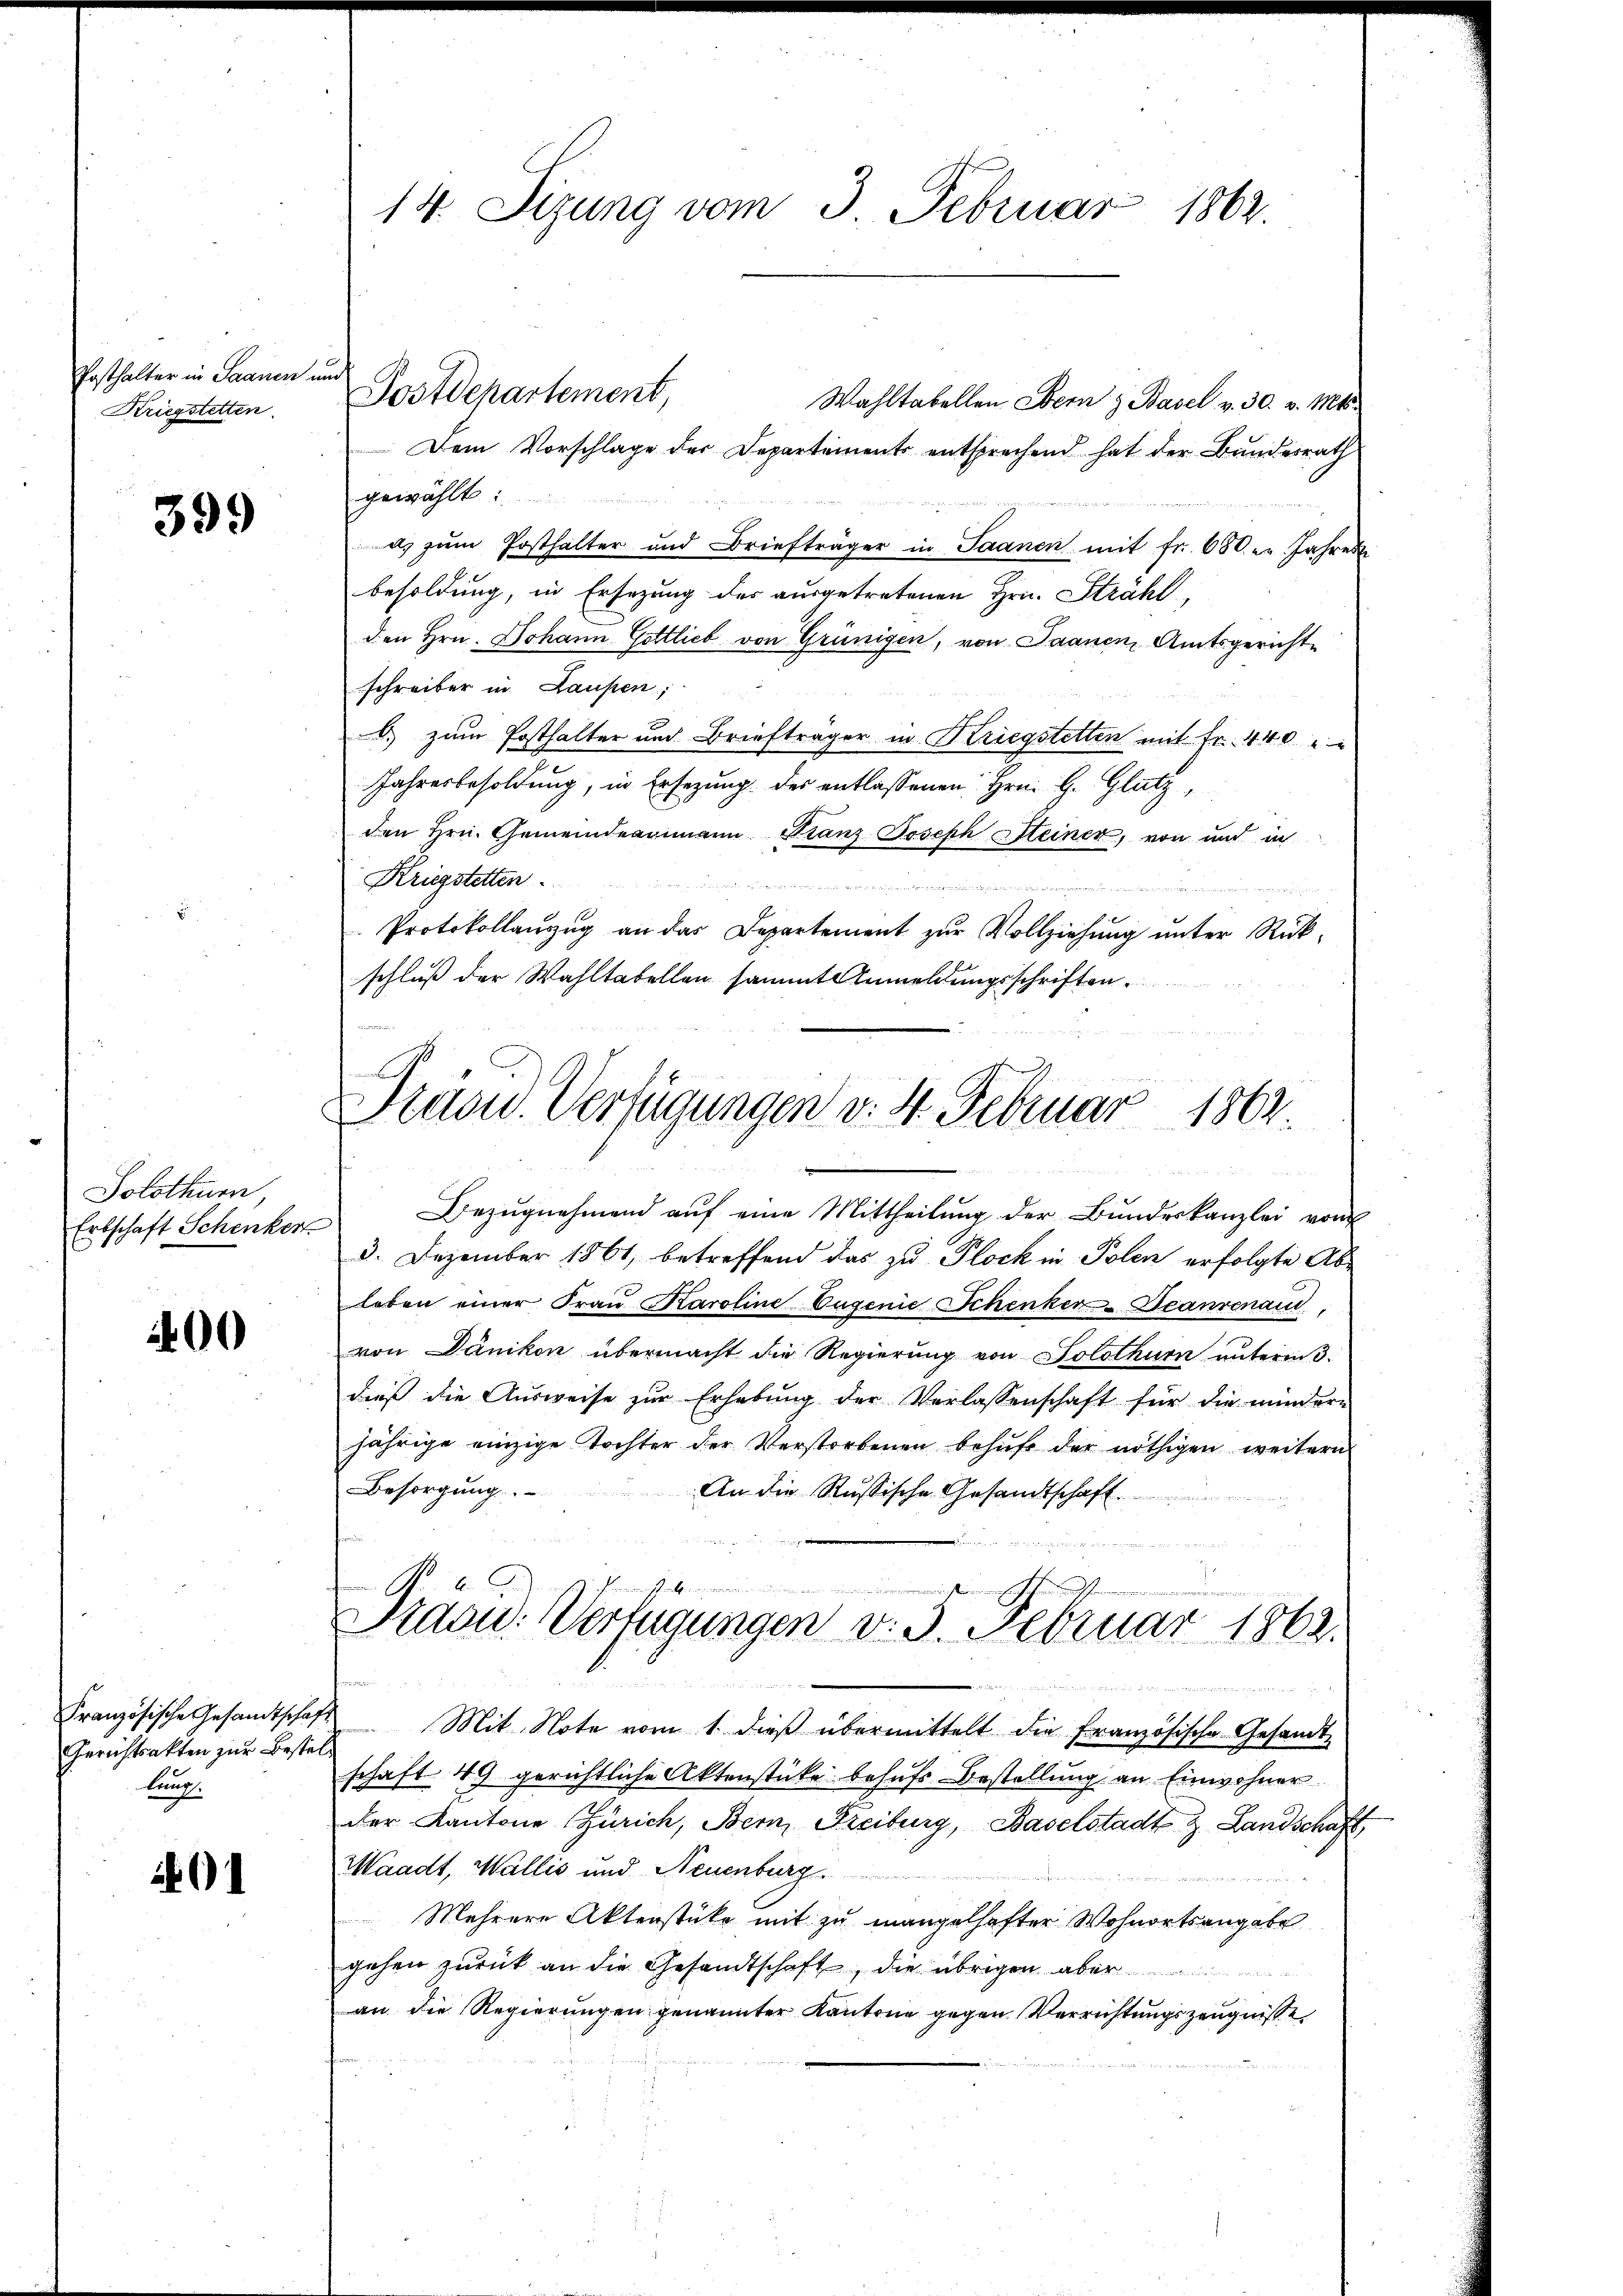
Posthalter in Saanen und
Kriegstetten.

399

Solothurn,
Erbschaft Schenkor

400

Französische Gesandtschaf¬
Gerichtsakten zur Bestei
lung.

14. Sizung vom 3. Februar 1862

Wahltabellen Bern & Basel v. 30. v. Mts.
Dem Vorschlage der Departements entsprechend hat der Bundesrath
gewählt u.
as zŭm Posthalter und Briefträger in Saanen mit fr. 680. Jahres
besoldung, in Ersezung des ausgetretenen Hrn. Strahl,
den Hrn. Johann Gottlieb von Grünigen, von Saanen Amtsgerichte
schreiber in Laufen,
b) zum Posthalter und Briefträger in Kriegstetten mit Fr. 440
Jahresbesoldung, in Ersezung des entlassenen Hrn. G. Glatz,
den Hrn. Gemeindeammann Franz Joseph Steiner, von und in
Kriegstetten.

Protokollanzŭg an das Departement zŭr Vollziehŭng ŭnter Rück-
schluß der Wahltabellen sammt Anmeldungsschriften.

Postdepartement,

Präsid. Verfügungen v. 4. Februar 1863.

Bezŭgnehmend auf eine Mittheilung der Bundeskanzlei von
3. Dezember 1861, betreffend das zu Plock in Polen erfolgte Ableben einer Fraŭ Karoline Eugenie Schenker-Deanrenau
von Dänikon übermacht die Regierung von Solothurn unterm 3.
dies die Aŭsweise zŭr Erhabŭng der Verlassenschaft für die mindere
jährige einzige Tochter der Verstorbenen behŭfs der nöthigen weitern
Besorgung.
An die Russische Gesandtschaft

Mit Note vom 1. dieß übermittelt die Französische Gesandt-
schaft 49 gerichtliche Aktenstücke behufs Bestellung an Einwohner
der Kantone Zürich, Bern, Freiburg, Baselstadt & Landschaft
Waadt, Wallis und Neuenburg.
Mehrere Aktenstüke mit zu mangelhafter Wohnortsangabe
gehen zurück an die Gesandtschaft, die übrigen aber
an die Regierungen genannter Kantone gegen Verrichtungszeugnisse

Präsid. Verfügungen v. 5. Februar 1862.
5